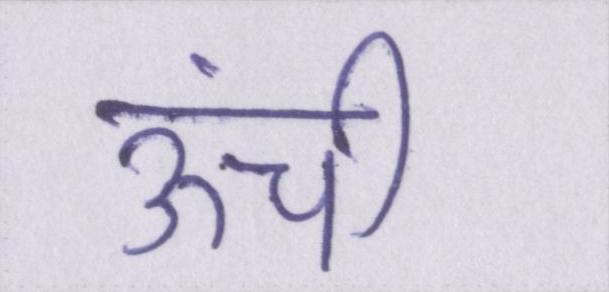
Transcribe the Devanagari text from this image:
ऊंची